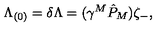
{ \Lambda _ { ( 0 ) } = \delta \Lambda = ( \gamma ^ { M } \hat { P } _ { M } ) \zeta _ { - } , }